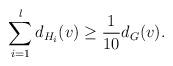
LaTeX: \begin{align*}\sum_{i=1}^l d_{H_i}(v) \geq \frac{1}{10} d_G(v).\end{align*}